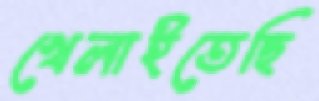
খেলাইতেছি